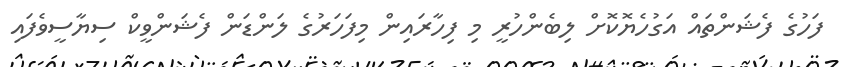
ފަހުގެ ފެޝަންތައް އަގުހެޔޮކޮށް ލިބެންހުރީ މި ފިހާރައިން މިފަހަރުގެ ލަންޑަން ފެޝަންވީކް ސިޔާސީވެފައި